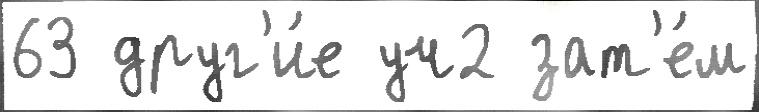
63 друг'и́е уч2 зат'е́м